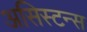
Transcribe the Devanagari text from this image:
असिस्टन्स